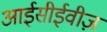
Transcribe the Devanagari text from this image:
आईसीईवीज़